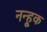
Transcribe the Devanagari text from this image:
नन्हूक